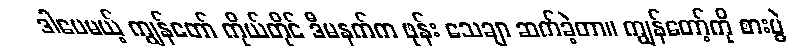
ဒါပေမယ့် ကျွန်တော် ကိုယ်တိုင် ဒီမနက်က ဖုန်း သေချာ ဆက်ခဲ့တာ။ ကျွန်တော့်ကို စားပွဲ